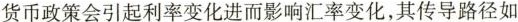
货币政策会引起利率变化进而影响汇率变化，其传导路径如